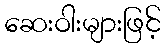
ဆေးဝါးများဖြင့်